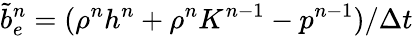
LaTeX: \tilde{b}_{e}^{n}=(\rho^{n}h^{n}+\rho^{n}K^{n-1}-p^{n-1})/\Delta t